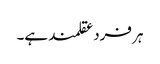
ہر فرد عقلمند ہے۔